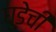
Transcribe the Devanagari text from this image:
घुडेची